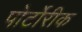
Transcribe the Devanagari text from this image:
पोर्टोरीक